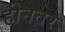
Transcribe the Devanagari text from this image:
हीनतर